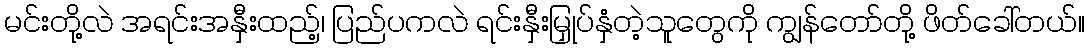
မင်းတို့လဲ အရင်းအနှီးထည့်၊ ပြည်ပကလဲ ရင်းနှီးမြှုပ်နှံတဲ့သူတွေကို ကျွန်တော်တို့ ဖိတ်ခေါ်တယ်။